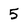
Character: 5